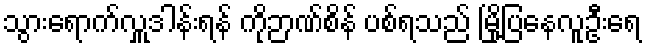
သွားရောက်လှူဒါန်းရန် ကိုဉာဏ်စိန် ပစ်ရသည် မြို့ပြနေလူဦးရေ